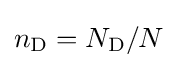
n_{\mathrm {D} }=N_{\mathrm {D} }/N